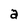
Character: a